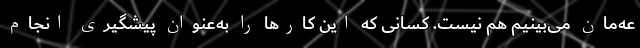
عه‌مان می‌بینیم هم نیست. کسانی که این کارها را به‌عنوان پیشگیری انجام